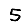
Digit: 5